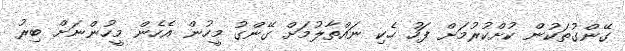
ގޭންގުތަކުން ކުށްކުރުމަށް ފަހު ހެކި ނައްތާލުމަށް ގޭންގު މީހުން އެހެން މީހުންނަށް ބިރު